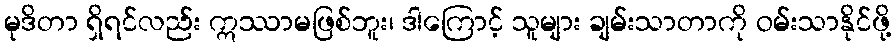
မုဒိတာ ရှိရင်လည်း ဣဿာမဖြစ်ဘူး၊ ဒါကြောင့် သူများ ချမ်းသာတာကို ဝမ်းသာနိုင်ဖို့